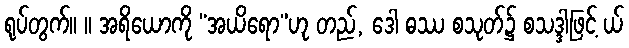
ရုပ်တွက်။ ။ အရိယောကို “အယိရော”ဟု တည်, ဒေါ ဓဿ စသုတ်၌ စသဒ္ဒါဖြင့် ယ်